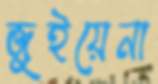
জুইয়েনা